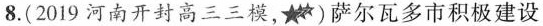
8.(2019 河南开封高三三模，)萨尔瓦多市积极建设